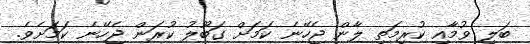
ބަލި ވުމާއި ކުރިމަތި ލާން ޖެހޭނެ ކަމަށް ގަބޫލު ކުރަން ޖެހޭނެ ކަމަށެވެ.